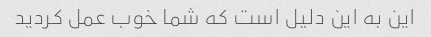
این به این دلیل است که شما خوب عمل کردید